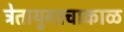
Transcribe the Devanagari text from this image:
त्रेतायुगाचाकाळ